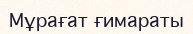
Мұрағат ғимараты